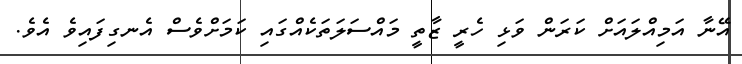
އޭނާ އަމިއްލައަށް ކަރަން ވަޅި ހެރީ ޒާތީ މައްސަލަތަކެއްގައި ކަމަށްވެސް އެނގިފައިވެ އެވެ.